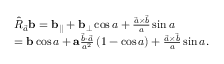
\begin{array} { r l } & { \hat { R } _ { \vec { a } } \mathbf { b } = \mathbf { b } _ { | | } + \mathbf { b } _ { \bot } \cos a + \frac { \vec { a } \times \vec { b } } { a } \sin a } \\ & { = \mathbf { b } \cos a + \mathbf { a } \frac { \vec { b } \cdot \vec { a } } { a ^ { 2 } } \left( 1 - \cos a \right) + \frac { \vec { a } \times \vec { b } } { a } \sin a . } \end{array}